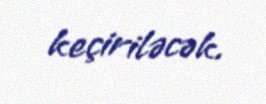
keçiriləcək.